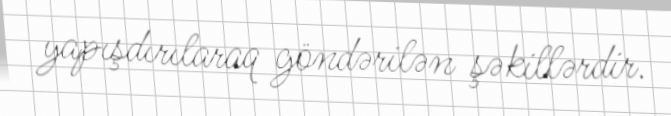
yapışdırılaraq göndərilən şəkillərdir.